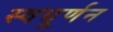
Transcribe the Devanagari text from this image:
स्वघूर्णन